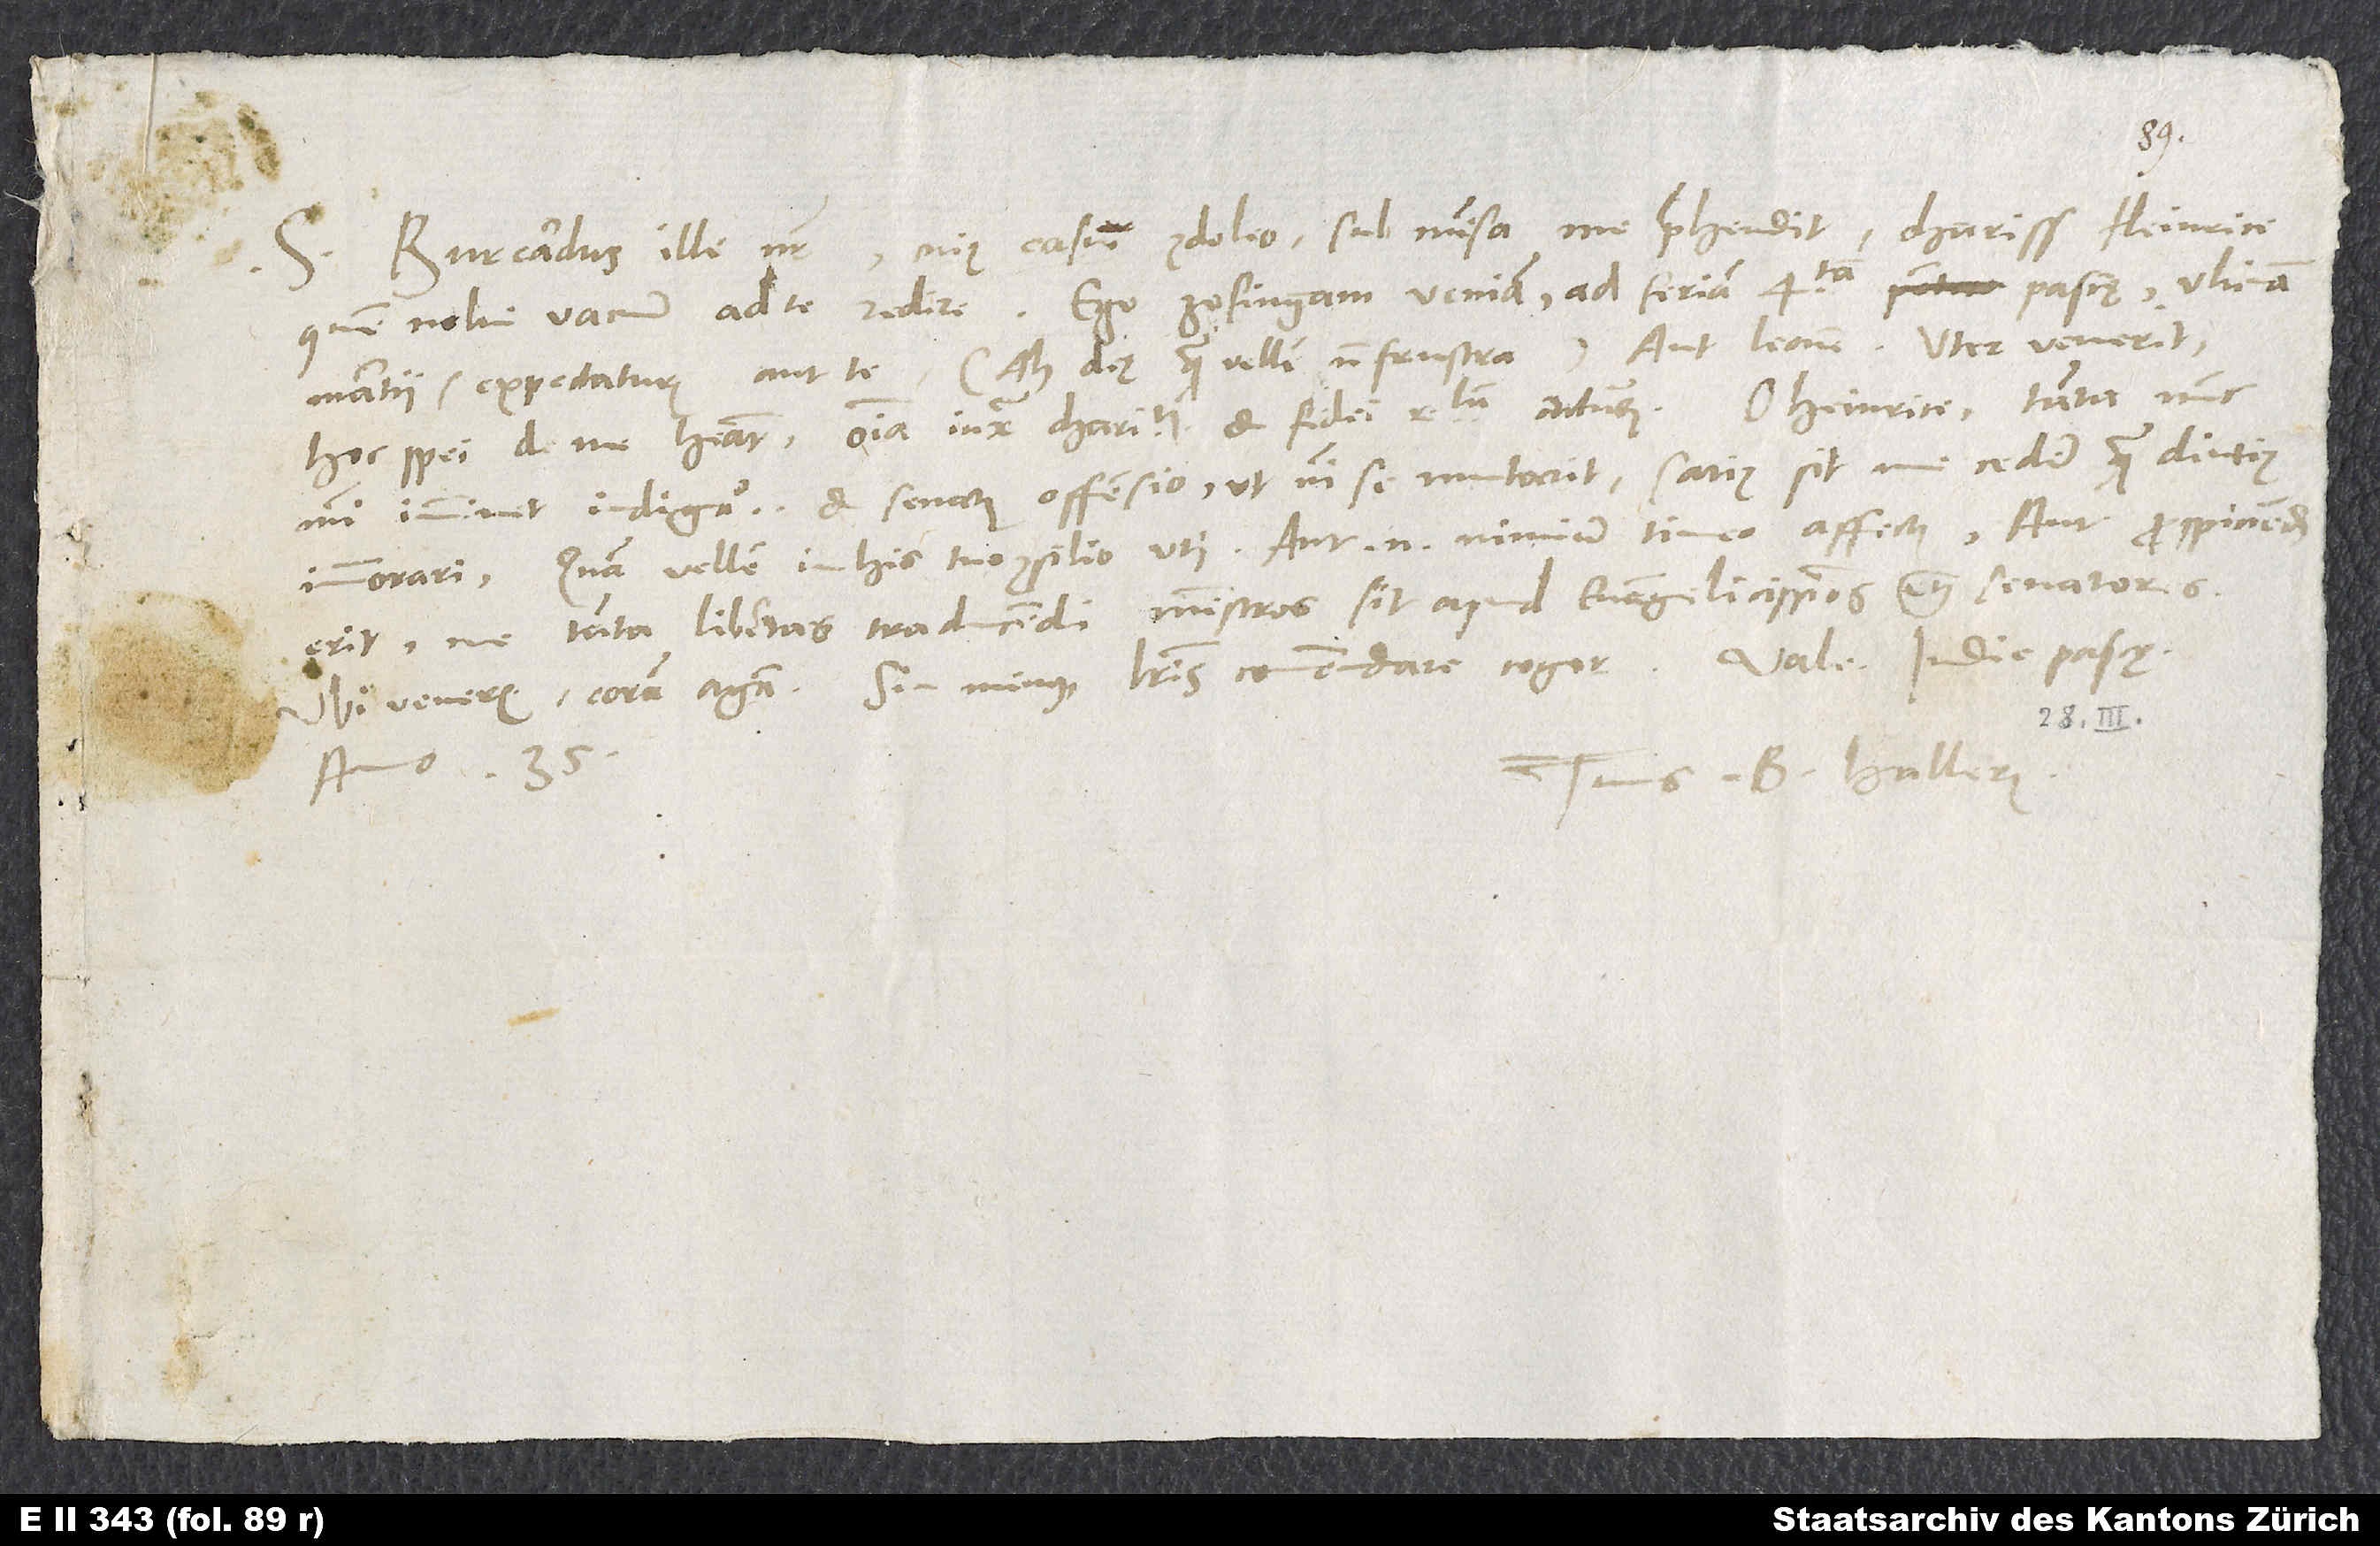
S. Burcardus ille noster, cuius casum condoleo, sub mensa me prehendit, charissime Heinrice.
Quem nolui vacuum ad te redire. Ego Zofingam veniam ad feriam quartam pascae, ultimam
martii, expectaturus aut te (ah deus, quam vellem non frustra!) aut Leonem. Uter venerit,
mihi imminet indignatio et senatus offensio, ut nisi se mutarit, satius sit me cedere quam diutius
immorari. Quam vellem in his tuo consilio uti! Aut enim nimium timeo affectus aut prospiciendum
erit, ne tanta libertas traducendi ministros sit apud evangelicissimos etiam senatores.
Ubi veneris, coram agam; sin minus, literis commendare cogor.
anno 35.
Tuus B. Hallerus.